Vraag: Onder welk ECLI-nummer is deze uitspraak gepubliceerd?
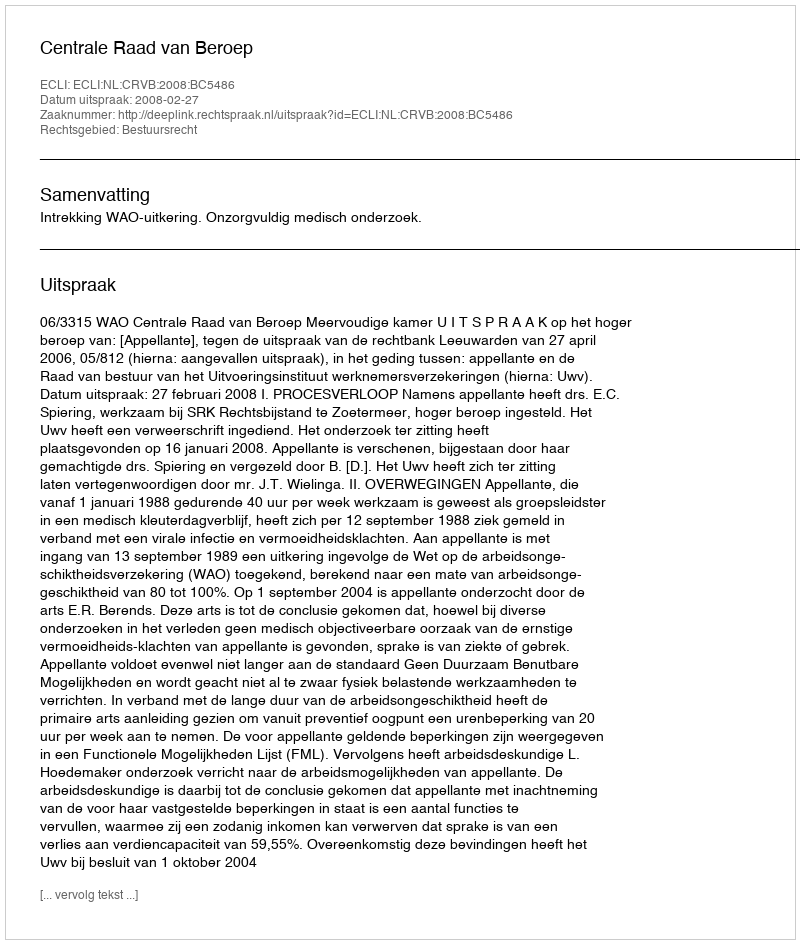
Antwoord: ECLI:NL:CRVB:2008:BC5486